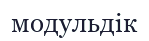
модульдік